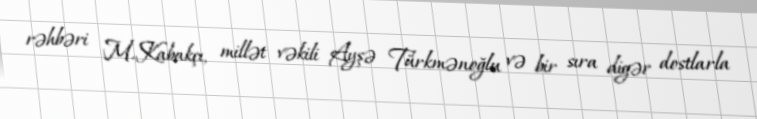
rəhbəri M.Kabakçı, millət vəkili Ayşə Türkmənoğlu və bir sıra digər dostlarla